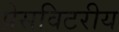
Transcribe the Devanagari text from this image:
प्रेसविटरीय